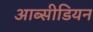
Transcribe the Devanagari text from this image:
आब्सीडियन